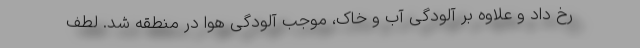
رخ‌ داد و علاوه بر آلودگی آب و خاک، موجب آلودگی هوا در منطقه شد. لطف